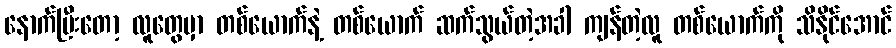
နောက်ပြီးတော့ လူတွေမှာ တစ်ယောက်နဲ့ တစ်ယောက် ဆက်သွယ်တဲ့အခါ ကျန်တဲ့လူ တစ်ယောက်ကို သိနိုင်အောင်